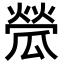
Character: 𤬐